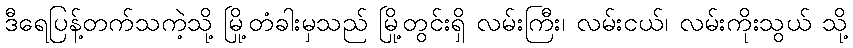
ဒီရေပြန့်တက်သကဲ့သို့ မြို့တံခါးမှသည် မြို့တွင်းရှိ လမ်းကြီး၊ လမ်းငယ်၊ လမ်းကိုးသွယ် သို့